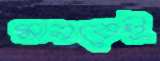
মানবেই